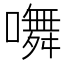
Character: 𭋩